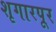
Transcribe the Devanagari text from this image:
शृगारपूर